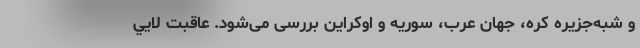
و شبه‌جزیره کره، جهان عرب، سوریه و اوکراین بررسی می‌شود. عاقبت لايي